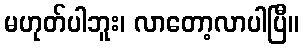
မဟုတ်ပါဘူး၊ လာတော့လာပါပြီ။